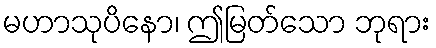
မဟာသုပိနော၊ ဤမြတ်သော ဘုရား